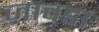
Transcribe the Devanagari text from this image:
जावडा